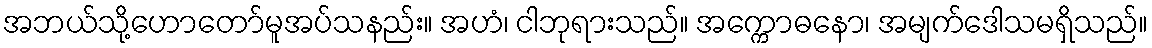
အဘယ်သို့ဟောတော်မူအပ်သနည်း။ အဟံ၊ ငါဘုရားသည်။ အက္ကောဓနော၊ အမျက်ဒေါသမရှိသည်။